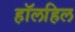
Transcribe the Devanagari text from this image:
हॉलहिल